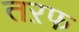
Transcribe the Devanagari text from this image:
तऱफ